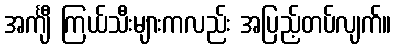
အင်္ကျီ ကြယ်သီးများကလည်း အပြည့်တပ်လျက်။